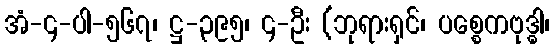
အံ-၄-ပါ-၅၆၇၊ ဋ္ဌ-၃၉၅၊ ၄-ဦး (ဘုရားရှင်၊ ပစ္စေကဗုဒ္ဓါ၊